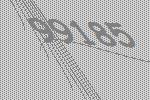
99185